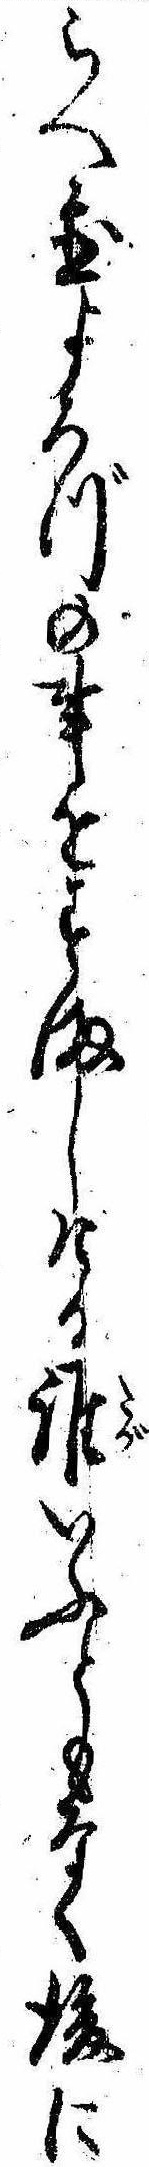
らへ置よろづの事をすましける誰いふともなく後に